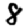
Digit: 8